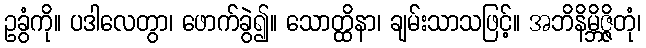
ဥခွံကို။ ပဒါလေတွာ၊ ဖောက်ခွဲ၍။ သောတ္ထိနာ၊ ချမ်းသာသဖြင့်။ အဘိနိမ္ဘိဇ္ဇိတုံ၊